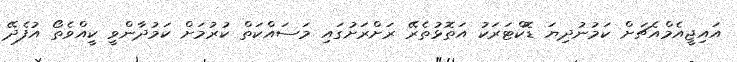
އައިޖީއެމްއެޗަށް ކަމުނުދިޔަ ޑޮކްޓަރަކު އަތޮޅުތެރޭ ރަށްރަށުގައި މަސައްކަތް ކުރުމަށް ކަމުދާންވީ ކީއްވެތޯ އުފެދޭ